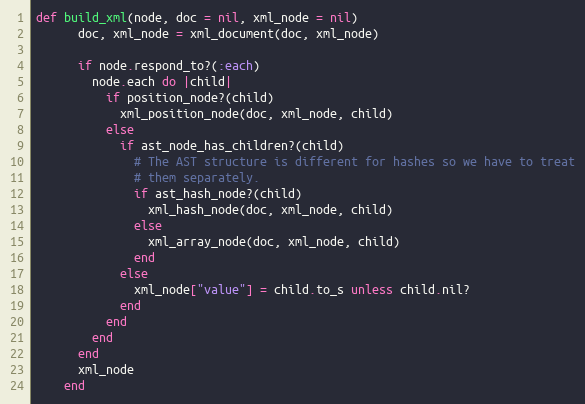
Language: Ruby
def build_xml(node, doc = nil, xml_node = nil)
      doc, xml_node = xml_document(doc, xml_node)

      if node.respond_to?(:each)
        node.each do |child|
          if position_node?(child)
            xml_position_node(doc, xml_node, child)
          else
            if ast_node_has_children?(child)
              # The AST structure is different for hashes so we have to treat
              # them separately.
              if ast_hash_node?(child)
                xml_hash_node(doc, xml_node, child)
              else
                xml_array_node(doc, xml_node, child)
              end
            else
              xml_node["value"] = child.to_s unless child.nil?
            end
          end
        end
      end
      xml_node
    end